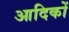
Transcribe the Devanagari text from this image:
आदिकों